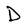
Character: D